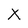
Character: X